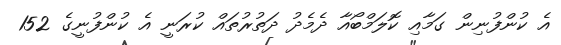
އެ ކުންފުނިން ގަމާއި ކޮލަމްބޯއާ ދެމެދު ދަތުރުތައް ކުރަނީ އެ ކުންފުނީގެ 152